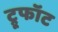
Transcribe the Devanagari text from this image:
ट्रूफॉट